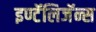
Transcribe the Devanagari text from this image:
इण्टॅलिजॅन्स